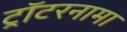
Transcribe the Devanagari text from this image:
ट्रॉटरनामा